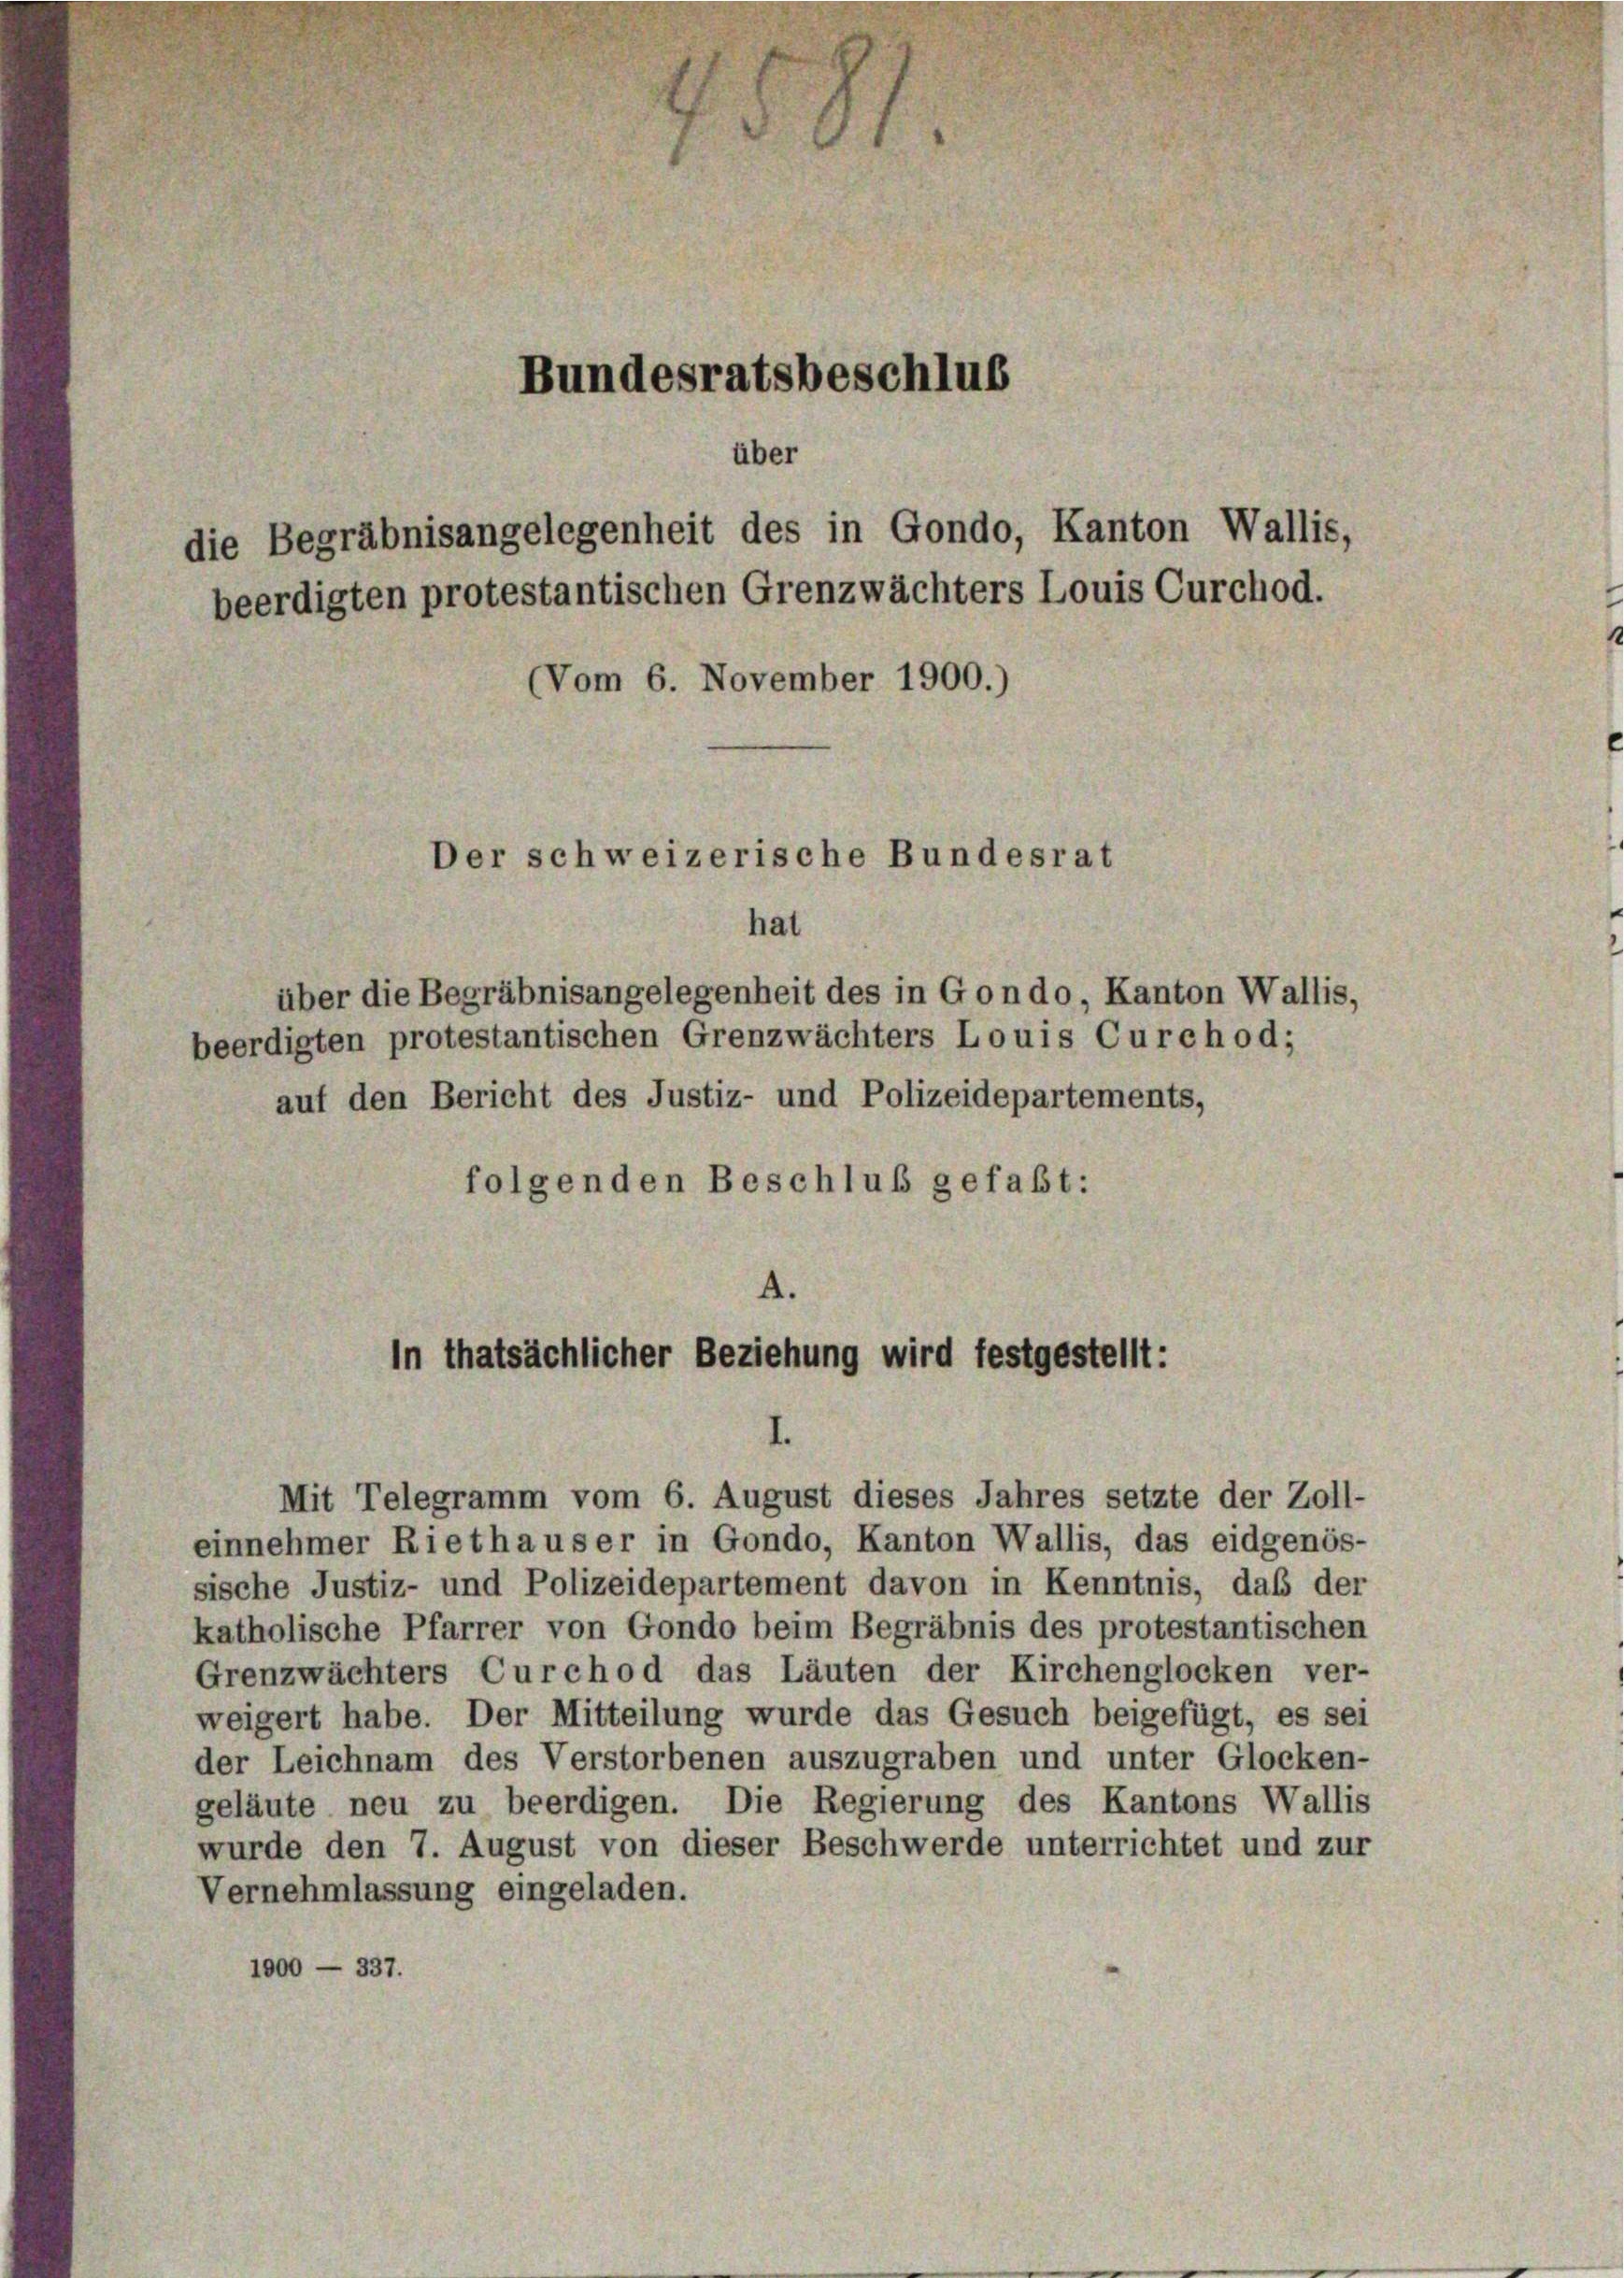
Bundesratsbeschlus
über
die Begräbnisangelegenheit des in Gondo, Kanton Wallis,
beerdigten protestantischen Grenzwächters Louis Curchod.
(Vom 6. November 1900.)

beerdigten protestantischen Grenzwächters Louis Curchod;
auf den Bericht des Justiz- und Polizeidepartements,
folgenden Beschluß gefaßt:

Der schweizerische Bundesrat
hat

über die Begräbnisangelegenheit des in Gondo, Kanton Wallis,

A.
in thatsächlicher Beziehung wird festgestellt:

Mit Telegramm vom 6. August dieses Jahres setzte der Zoll-

einnehmer Riethauser in Gondo, Kanton Wallis, das eidgenös-
sische Justiz- und Polizeidepartement davon in Kenntnis, daß der
katholische Pfarrer von Gondo beim Begräbnis des protestantischen
Grenzwächters Curchod das Läuten der Kirchenglocken ver-
weigert habe. Der Mitteilung wurde das Gesuch beigefügt, es sei
der Leichnam des Verstorbenen auszugraben und unter Glocken-
geläute neu zu beerdigen. Die Regierung des Kantons Wallis
wurde den 7. August von dieser Beschwerde unterrichtet und zur
Vernehmlassung eingeladen.
1000 - 337.